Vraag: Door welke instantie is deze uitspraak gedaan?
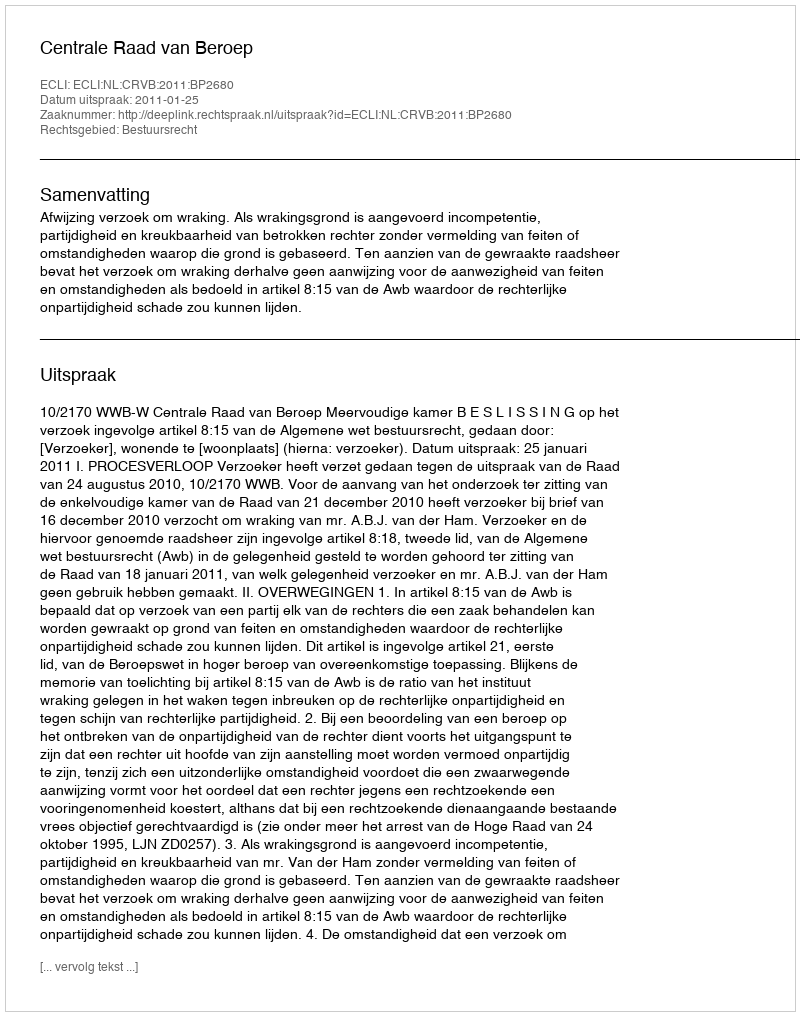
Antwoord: Centrale Raad van Beroep